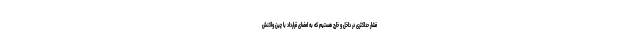
فشار حداکثری در داخل و خارج هستیم که به امضای قرارداد با چین واکنش